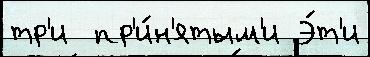
тр'и  пр'и́н'ятым'и Э́т'и